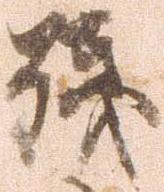
残